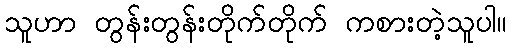
သူဟာ တွန်းတွန်းတိုက်တိုက် ကစားတဲ့သူပါ။